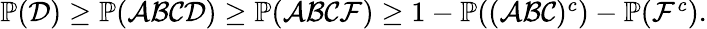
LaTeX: \begin{array}{r}{\operatorname{\mathbb P}(\mathcal{D})\ge\operatorname{\mathbb P}(\mathcal{A}\mathcal{B}\mathcal{C}\mathcal{D})\ge\operatorname{\mathbb P}(\mathcal{A}\mathcal{B}\mathcal{C}\mathcal{F})\ge 1-\operatorname{\mathbb P}((\mathcal{A}\mathcal{B}\mathcal{C})^{c})-\operatorname{\mathbb P}(\mathcal{F}^{c}).}\end{array}